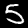
Digit: 5